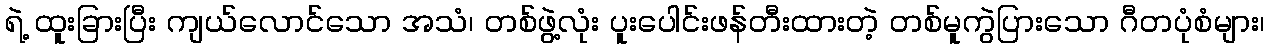
ရဲ့ ထူးခြားပြီး ကျယ်လောင်သော အသံ၊ တစ်ဖွဲ့လုံး ပူးပေါင်းဖန်တီးထားတဲ့ တစ်မူကွဲပြားသော ဂီတပုံစံများ၊